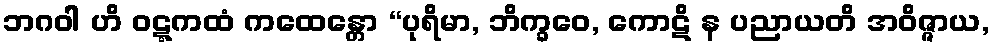
ဘဂဝါ ဟိ ဝဋ္ဋကထံ ကထေန္တော “ပုရိမာ, ဘိက္ခဝေ, ကောဋိ န ပညာယတိ အဝိဇ္ဇာယ,